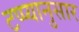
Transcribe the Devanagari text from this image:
टप्प्यानुसार